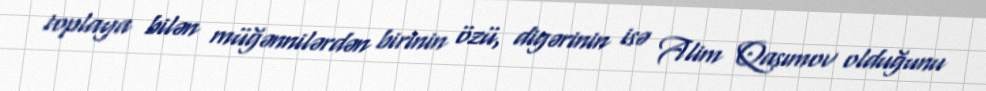
toplaya bilən müğənnilərdən birinin özü, digərinin isə Alim Qasımov olduğunu